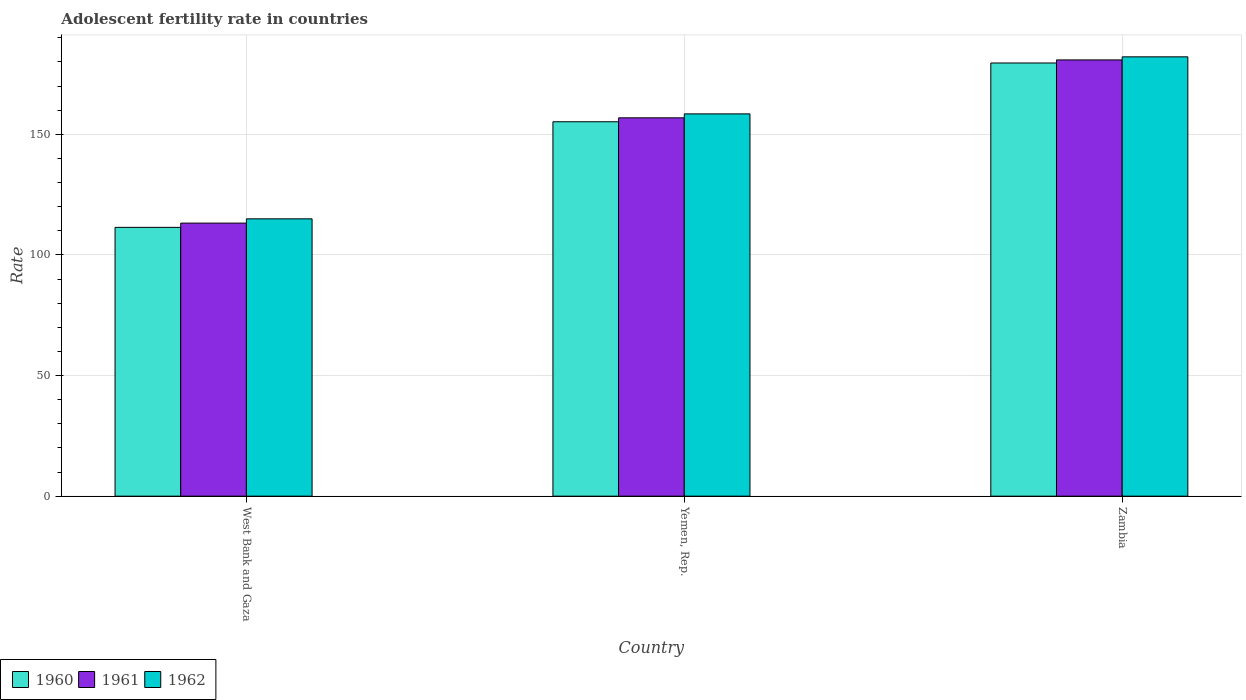
| Country | 1960 | 1961 | 1962 |
 | --- | --- | --- | --- |
 | West Bank and Gaza | 111 | 113 | 115 |
 | Yemen, Rep. | 155 | 157 | 158 |
 | Zambia | 180 | 181 | 182 |